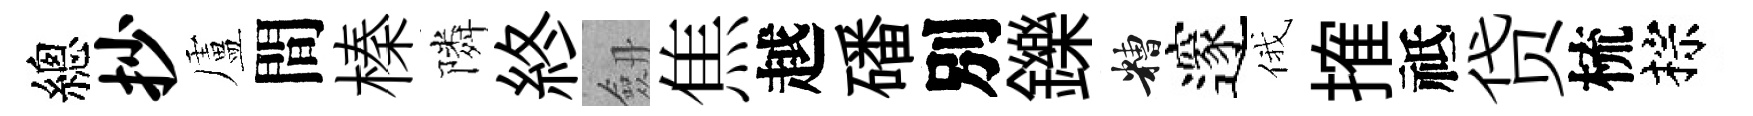
總抄盧間榛隣終劔焦越磻別鑠糟邃俄搉祗贷梳棕